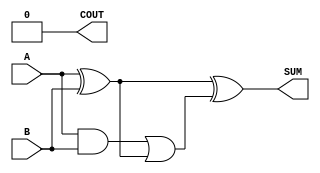
module carry_lookahead_adder (
    input [3:0] A,
    input [3:0] B,
    output [3:0] SUM,
    output COUT
);

wire [4:0] G, P, C;

assign G = A & B;
assign P = A ^ B;
assign C = {1'b0, G} | P;

assign SUM = A ^ B ^ C[3:0];
assign COUT = C[4];

endmodule